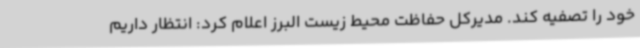
خود را تصفیه کند. مدیرکل حفاظت محیط زیست البرز اعلام کرد: انتظار داریم